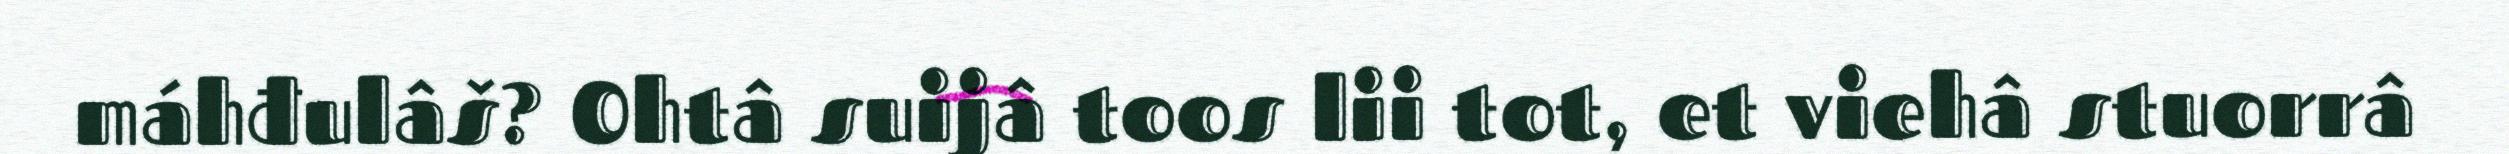
máhđulâš? Ohtâ suijâ toos lii tot, et viehâ stuorrâ